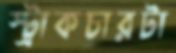
স্ট্রাকচারটা